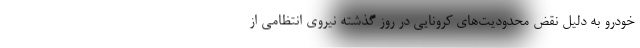
خودرو به دلیل نقض محدودیت‌های کرونایی در روز گذشته نیروی انتظامی از